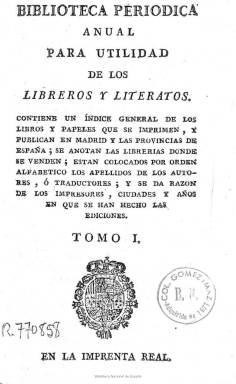
Título: Biblioteca periódica anual para utilidad de los libreros y literatos
Colección: Libros || Anuarios e informes
Ámbito geográfico: Madrid
Lugar de publicación: Madrid
Fechas: 01/01/1784-31/12/1786

Digitalizados los tres primeros volúmenes de la colección Gómez Imaz con signatura R/60418.

Falta digitalizar los ejemplares de los años 1787-1791 con signaturas R/37298-R/37299.

---

Este catálogo de libros se desgajó del Memorial Literario de España, publicación mensual de carácter ilustrado de calidad que hacía una crítica de las obras que se publicaban de todo tipo de materias y que incluía como apéndice una relación de lo que salía a la venta con sus autores respectivos.

   En el preámbulo de esta Biblioteca periódica, bajo el epígrafe de Advertencia, se explica que se ha decidido dar de forma separada este índice para hacerlo más manejable, al ocupar menos volumen que si se diera con el Memorial Literario, y para que tuviera mayor difusión no solo por toda España, ‘sino también por los reynos estrangeros que regularmente ignoran los escritores anuales de nuestra nación’

   Detrás de este deseo de dar a conocer la producción literaria y científica fuera de España estaba la reciente polémica que había causado la Enciclopedia francesa al publicar un artículo en 1782 criticando la escasa aportación de España a la cultura europea, crítica que había llevado al gobierno español a presentar una protesta formal al gobierno francés y a paralizar la importación de la Enciclopedia por orden del conde de Floridablanca, primer ministro del rey.

   Hay otra razón añadida por la que es útil dar separadamente el catálogo de libros y se explica así en la publicación:  ‘La experiencia nos ha hecho conocer la falta que hacen en España los índices de las obras que se publican; por este defecto todos los libreros (a excepción de muy pocos), no tan solamente carecen de la noticia de los autores y ediciones del siglo pasado, sino que apenas saben dar razón de las obras que ellos llaman de surtido y actualmente se están vendiendo’.

   Las obras que se iban publicando durante el año eran referenciadas en las publicaciones oficiales, la Gazeta y el Mercurio, así como en los carteles que se fijaban en las paredes, pero como dicen los promotores de la iniciativa ‘con facilidad se olvidan sus títulos, los nombres de los autores o traductores’.

  Con el fin de que el catálogo saliera lo más completo posible, sus autores piden que se les envíe de provincias a la Corte todas aquellas obras menores que no salen en las Gazetas ni se anuncian mediante carteles.

   Ordenados alfabéticamente, la Biblioteca periódica informaba de los autores, del año de publicación, del tamaño del libro, en cuarto o en octavo generalmente, de la imprenta y de la librería donde se vendía.

   Un alto porcentaje de los libros, como era lo habitual en la época, son obras de carácter religioso, libros de teología, devocionarios, santorales, etc. Pero no faltan los libros de diferentes ciencias, sobre todo de medicina, como el primero del catálogo del año 1784 que es un tratado de odontología; o literarios, como una tragedia del poeta y ensayista José Cadalso.

   Curiosos son por ejemplo el ‘Canto en elogio de la invención del globo aerostático’, un libro editado por el renombrado impresor Ibarra de un autor con el pseudónimo de Cipariso, labrador asturiano, y otro de Juan Caldevilla, también impreso por Ibarra, con el título ‘Avisos de una dama sobre el perjudicial uso de las cotillas’. La cotilla era una especie de corsé.

   En el segundo número de la Biblioteca, del año 1785, además de dar más información de cada título, se incluyeron mapas, planos, estampas y otras obras de grabado, así como composiciones musicales. Y al año siguiente se añadieron pragmáticas, cedulas reales, edictos y otras publicaciones oficiales menores que no salían en la Gazeta. Además, al final de cada número se daba una relación de las calles donde vivían los libreros. Había en la época unos 50 en Madrid.

[Descripción publicada el 03/04/2020]